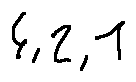
4 , 2 , 1